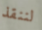
لننقذ